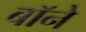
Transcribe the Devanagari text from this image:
बॉने